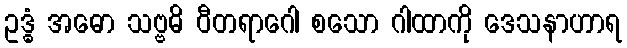
ဥဒ္ဓံ အဓော သဗ္ဗဓိ ဝီတရာဂေါ စသော ဂါထာကို ဒေသနာဟာရ